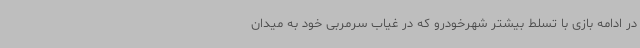
در ادامه بازی با تسلط بیشتر شهرخودرو که در غیاب سرمربی خود به میدان